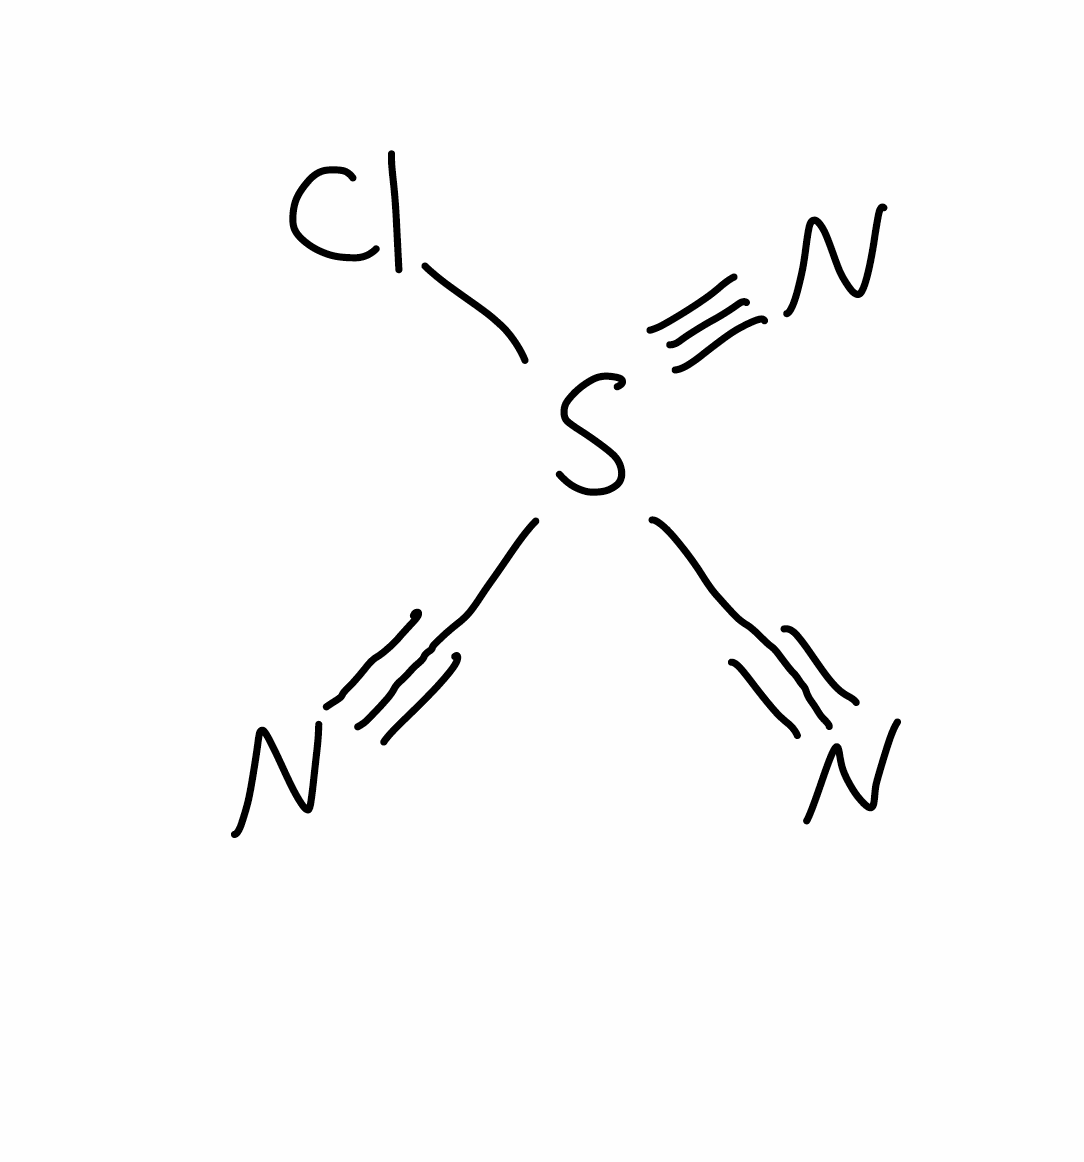
Simplified molecular-input line-entry system (SMILES) notation of the given molecule:
C(#N)S(#N)(C#N)Cl